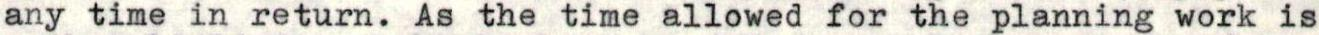
any time in return. As the time allowed for the planning work is